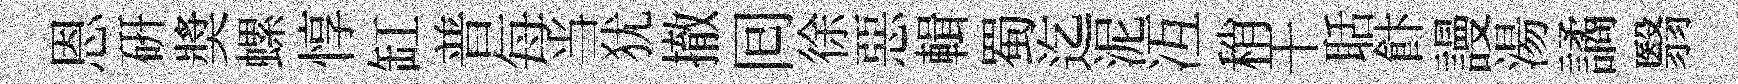
恩研奬螺惇缸普每当犹撤囘徐惡輯蜀迄泥冱稍干聒飰謾湯譎翳